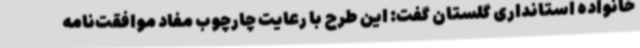
خانواده استانداری گلستان گفت: این طرح با رعایت چارچوب مفاد موافقت‌نامه